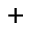
^ { + }